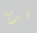
تريه